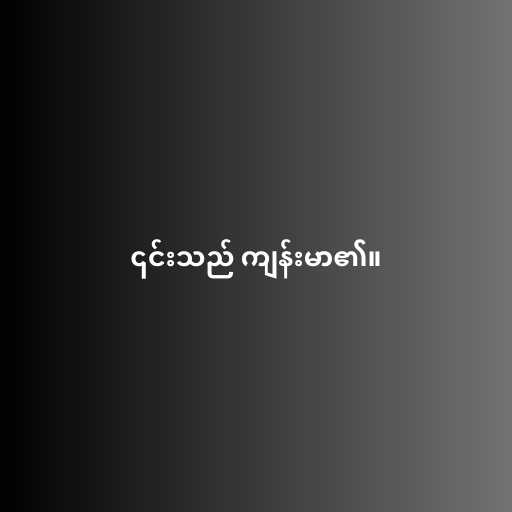
၎င်းသည် ကျန်းမာ၏။